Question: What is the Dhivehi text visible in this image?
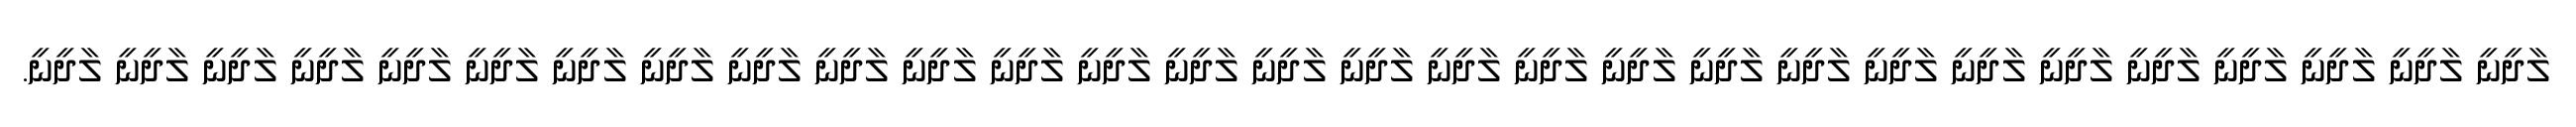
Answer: ލާދީނީ ލާދީނީ ލާދީނީ ލާދީނީ ލާދީނީ ލާދީނީ ލާދީނީ ލާދީނީ ލާދީނީ ލާދީނީ ލާދީނީ ލާދީނީ ލާދީނީ ލާދީނީ ލާދީނީ ލާދީނީ ލާދީނީ ލާދީނީ ލާދީނީ ލާދީނީ ލާދީނީ ލާދީނީ ލާދީނީ ލާދީނީ ލާދީނީ ލާދީނީ ލާދީނީ ލާދީނީ ލާދީނީ.